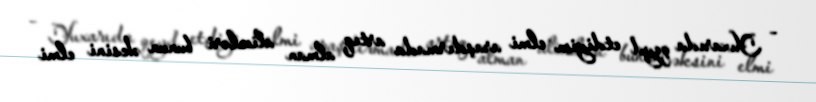
- Yuxarıda qeyd etdiyim elmi araşdırmada artıq alman alimləri bunun əksini elmi